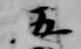
五